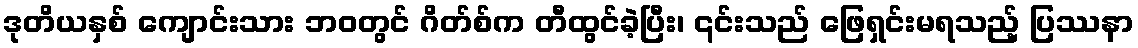
ဒုတိယနှစ် ကျောင်းသား ဘဝတွင် ဂိတ်စ်က တီထွင်ခဲ့ပြီး၊ ၎င်းသည် ဖြေရှင်းမရသည့် ပြဿနာ